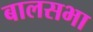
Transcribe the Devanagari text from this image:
बालसभा